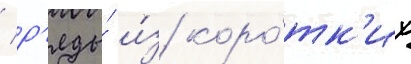
/ р'яды́ и́з коро́тк'их